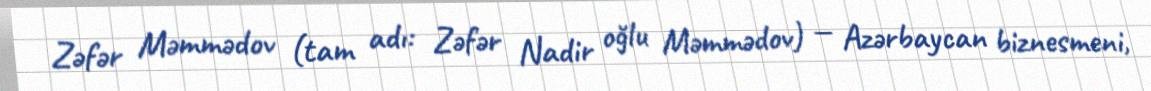
Zəfər Məmmədov (tam adı: Zəfər Nadir oğlu Məmmədov) — Azərbaycan biznesmeni,